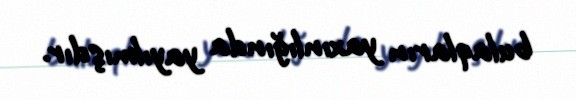
bulaqların yaxınlığında yayılmışdır.